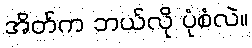
အိတ်က ဘယ်လို ပုံစံလဲ။